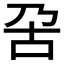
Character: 呄